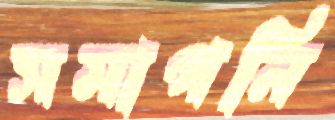
সমাপনি